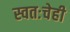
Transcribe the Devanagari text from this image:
स्वतःचेही